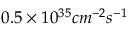
0 . 5 \times 1 0 ^ { 3 5 } c m ^ { - 2 } s ^ { - 1 }